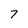
Character: 7